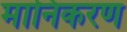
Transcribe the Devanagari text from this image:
मानिकरण